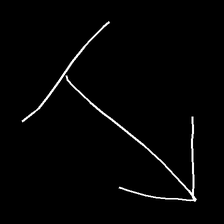
Glyph: levitation